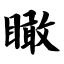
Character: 瞰